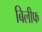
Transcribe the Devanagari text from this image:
बिलीफ